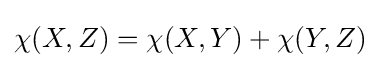
\chi (X,Z)=\chi (X,Y)+\chi (Y,Z)